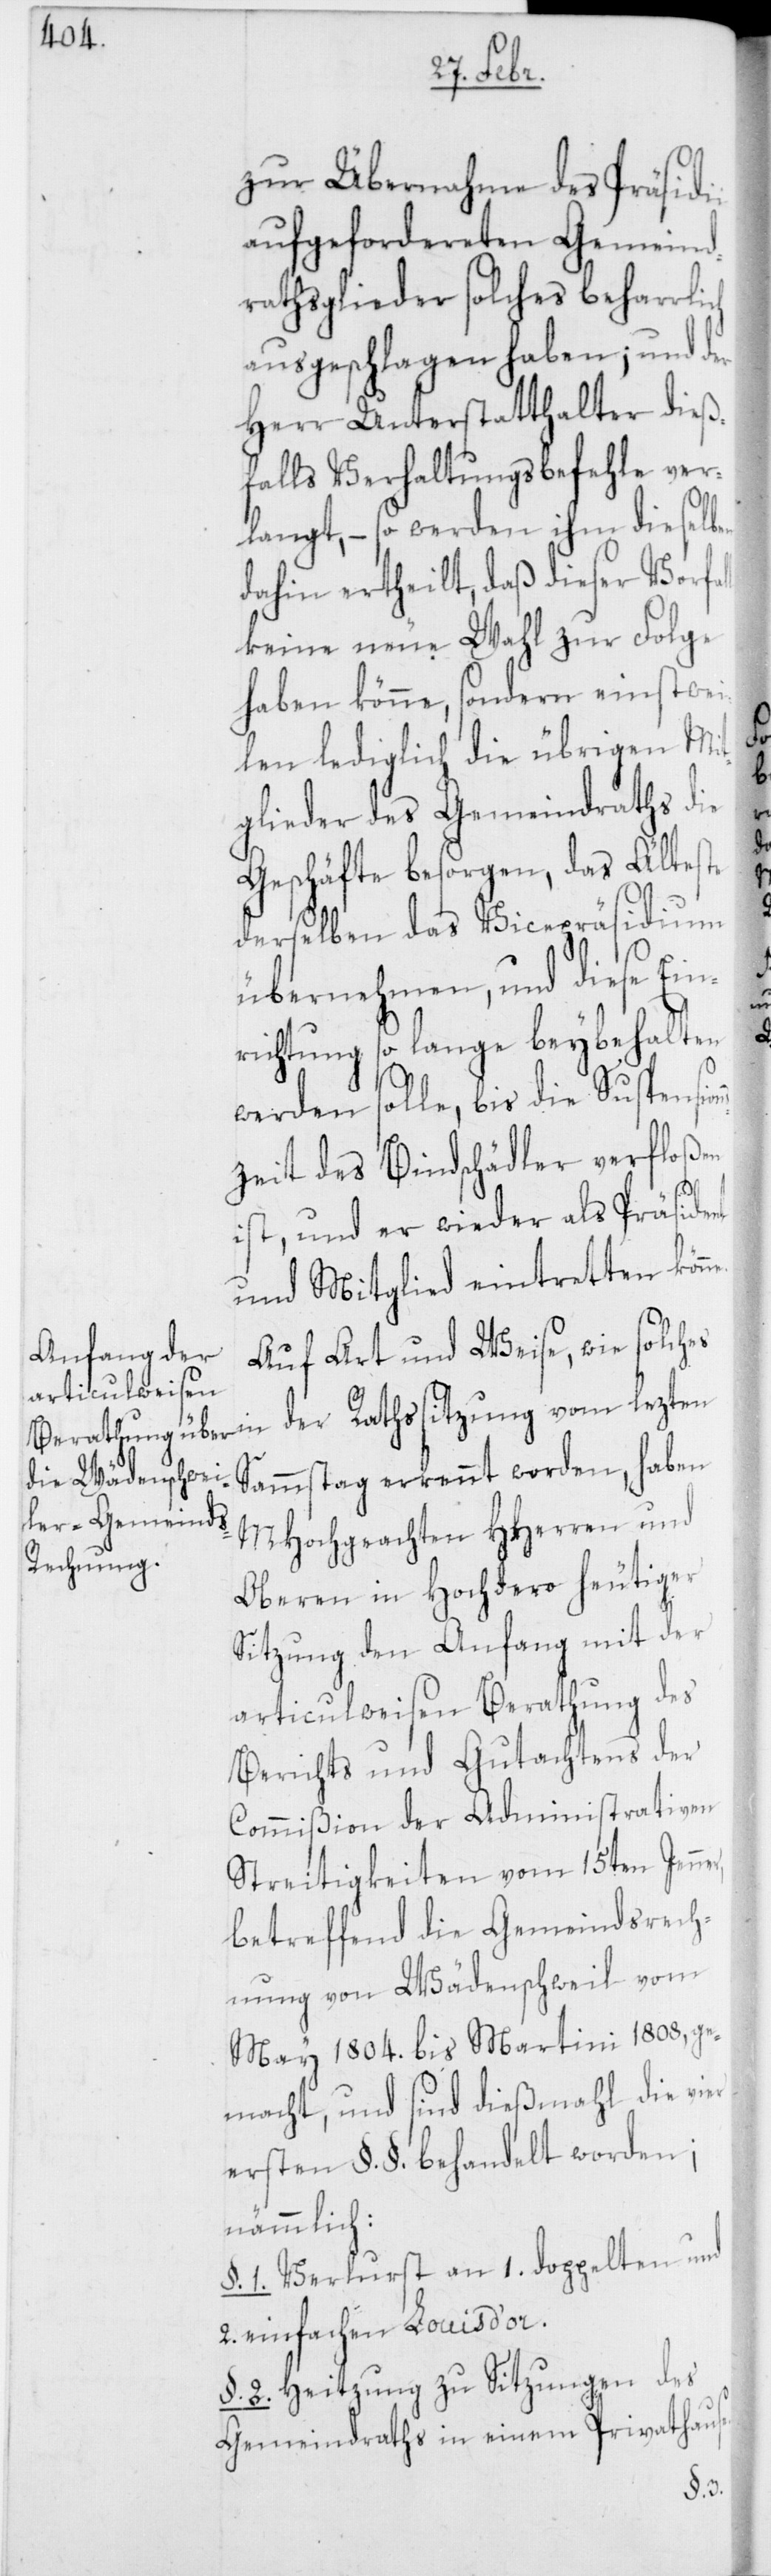
zur Übernahme des Präsidii
aufgefordereten Gemeind¬
rathsglieder solches beharrli¬
ausgeschlagen haben; und der
Herr Unterstatthalter dieß¬
falls Verhaltensbefehle ver¬
langt, – so werden ihm dieselb¬
dahin ertheilt, daß dieser Vorfa¬
keine neue Wahl zur Folge
haben könne, sondern einstwei¬
len lediglich die übrigen Mit¬
glieder des Gemeindraths die
Geschäfte besorgen, das Älteste
derselben das Vicepräsidium
übernehmen, und diese Ein¬
richtung so lange beybehalten
werden solle, bis die Suspensio¬
zeit des Bindschädler verfloßen
ll
ist, und er wieder als Präsident
und Mitglied eintretten kön¬
Auf Art und Weise, wie solches
Sammstag erkennt worden, haben
MHochgeachten HHerren und
Oberen in Hochdero heutiger
Sitzung den Anfang mit der
articulweisen Berathung des
Berichts und Gutachtens der
Commißion der Administrativen
Streitigkeiten vom 15ten Jenne¬
betreffend die Gemeindsrech¬
nung von Wädenschweil vom
May 1804. bis Martini 1808, ge¬
macht, und sind dießmahl die vier
ersten §. §. behandelt worden;
nämmlich:
§. 1. Verlurst an 1. doppelten und
2. einfachen Louis d’or.
§. 2. Heitzung zu Sitzungen des
Gemeindraths in einem Privathaus¬

e.